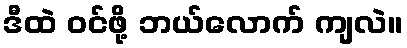
ဒီထဲ ဝင်ဖို့ ဘယ်လောက် ကျလဲ။